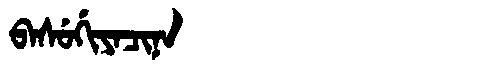
Manchu: ᠪᠠᠰᡠᡤᡳᠶᠠᠴᡳᠨᠠ
Romanization: BASUGIYACINA